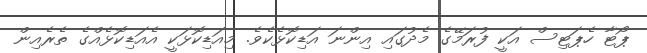
ޕޯޓާ ހެޕަޓިސް އަކީ ފުރަމޭގެ މެދުގައި އިންނަ އަޑިކޮޅެކެވެ. މިއަޑިކޮޅަކީ އެއަޑިކޮޅެއްގެ ތެރެއިން